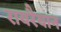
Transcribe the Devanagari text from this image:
रायरैयान